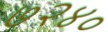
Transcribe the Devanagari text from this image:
७२४०